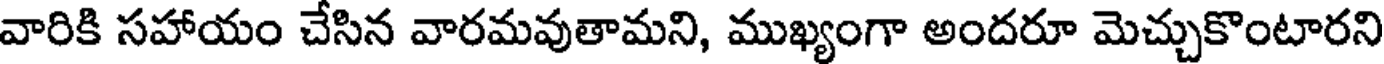
వారికి సహాయం చేసిన వారమవుతామని, ముఖ్యంగా అందరూ మెచ్చుకొంటారని